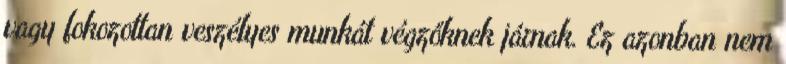
vagy fokozottan veszélyes munkát végzőknek járnak. Ez azonban nem